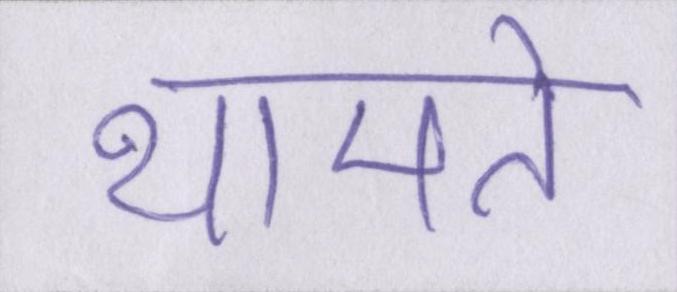
थामते